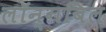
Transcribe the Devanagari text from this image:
लॉन्गबिल